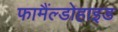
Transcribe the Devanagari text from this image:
फामैंल्डोहाइड